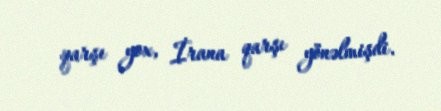
qarşı yox, İrana qarşı yönəlmişdi.